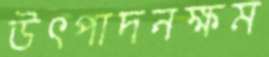
উৎপাদনক্ষম